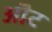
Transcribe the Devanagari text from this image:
ऒट